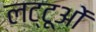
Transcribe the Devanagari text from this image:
लट्टूओं